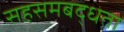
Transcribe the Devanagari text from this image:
सहसमबद्धता